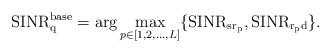
LaTeX: \begin{align*}{\rm SINR^{base}_q}={\rm arg}\max _{\substack{p\in[1,2,...,L]}} \{{\rm SINR_{sr_p}}, {\rm SINR_{r_pd}}\}.\end{align*}